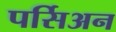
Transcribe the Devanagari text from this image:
पर्सिअन